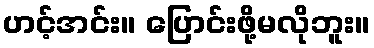
ဟင့်အင်း။ ပြောင်းဖို့မလိုဘူး။